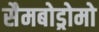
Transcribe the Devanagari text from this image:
सैमबोड्रोमो